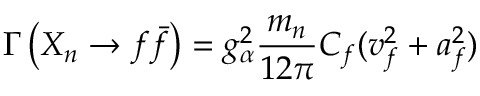
\Gamma \left( X _ { n } \rightarrow f \bar { f } \right) = g _ { \alpha } ^ { 2 } \frac { m _ { n } } { 1 2 \pi } C _ { f } ( v _ { f } ^ { 2 } + a _ { f } ^ { 2 } )